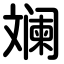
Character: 斓